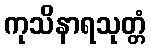
ကုသိနာရသုတ္တံ